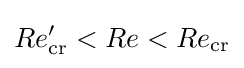
Re_{\mathrm {cr} }'<Re<Re_{\mathrm {cr} }